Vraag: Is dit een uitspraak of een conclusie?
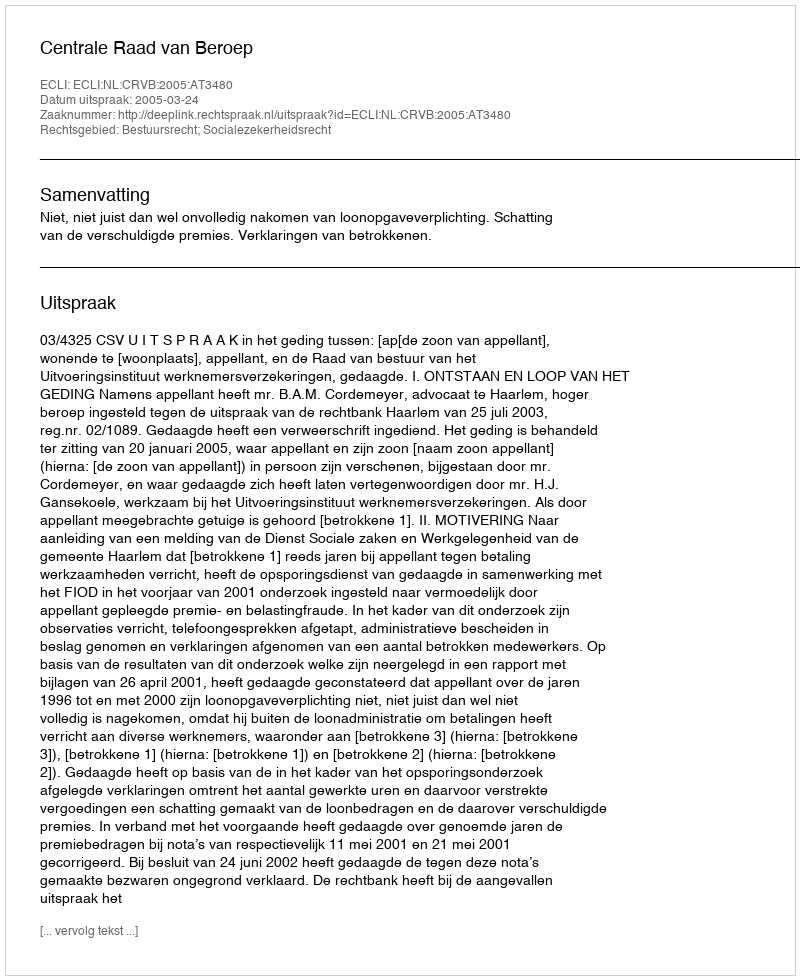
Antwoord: Uitspraak